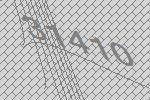
31410